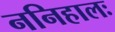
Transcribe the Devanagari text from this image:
ननिहालः